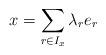
LaTeX: \begin{align*}x=\sum_{r\in I_x}\lambda_r e_r\end{align*}